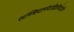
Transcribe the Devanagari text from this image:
सच्चिदानंदाद्वितीयोऽसि